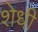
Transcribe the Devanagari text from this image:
शेधी